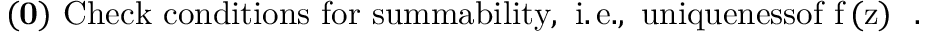
\mathrm { { \bf { ( 0 ) } } \, \, C h e c k ~ c o n d i t i o n s ~ f o r ~ s u m m a b i l i t y , ~ i . \, e . , ~ u n i q u e n e s s o f ~ f \, ( z ) ~ } \, \, .